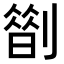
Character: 𠟏